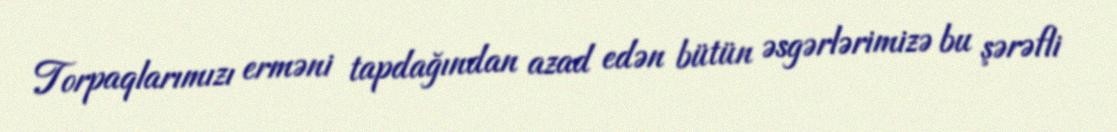
Torpaqlarımızı erməni tapdağından azad edən bütün əsgərlərimizə bu şərəfli